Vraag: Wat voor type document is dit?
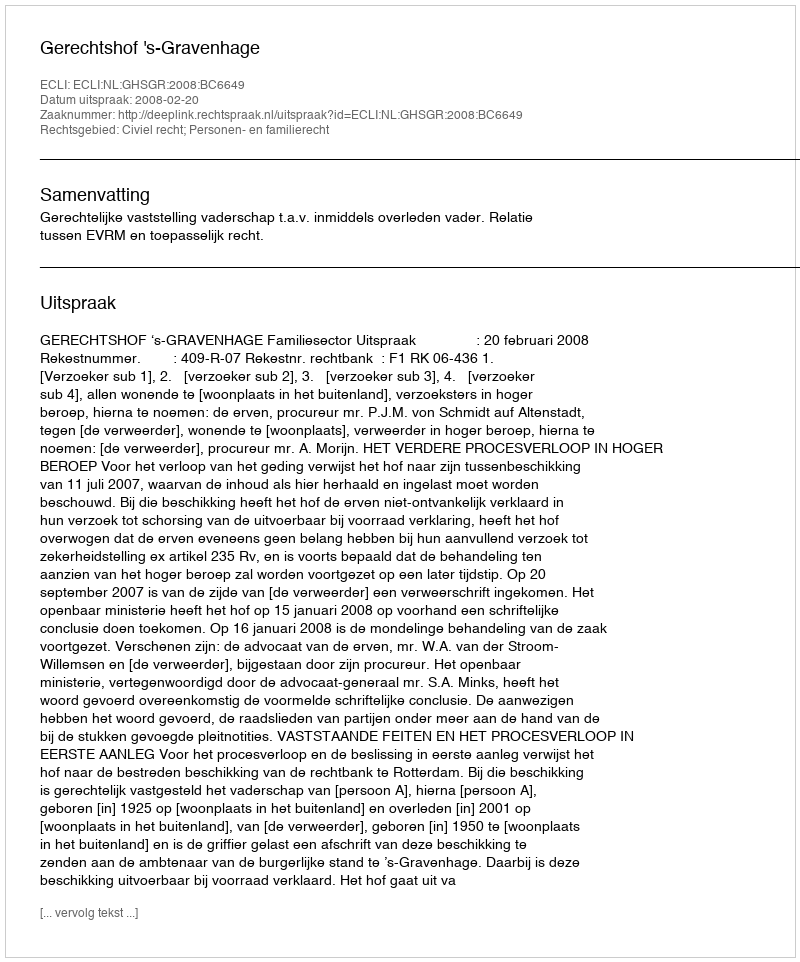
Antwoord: Uitspraak